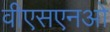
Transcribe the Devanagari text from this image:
वीएसएनओ